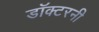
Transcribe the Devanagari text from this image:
डॉक्टरनी